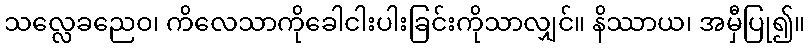
သလ္လေခညေဝ၊ ကိလေသာကိုခေါငါးပါးခြင်းကိုသာလျှင်။ နိဿာယ၊ အမှီပြု၍။